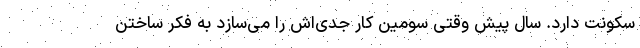
سکونت دارد. سال پیش وقتی سومین کار جدی‌اش را می‌سازد به فکر ساختن